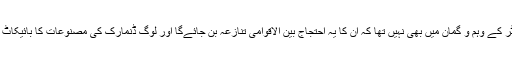
اخبار کےمالک اور ایڈیٹر کے وہم و گمان میں بھی نہیں تھا کہ ان کا یہ احتجاج بین الاقوامی تنازعہ بن جائےگا اور لوگ ڈنمارک کی مصنوعات کا بائیکاٹ کرنا شروع کر دیں گی۔